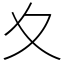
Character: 夊